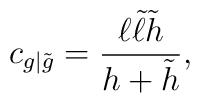
c_{g| \tilde{g}}=\frac{\ell \tilde{\ell}\tilde{h}}{h+\tilde{h}},